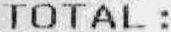
TOTAL :